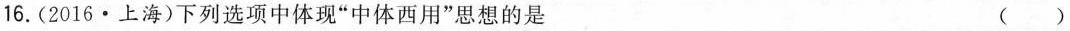
16.(2016·上海)下列选项中体现”中体西用”思想的是 ( )